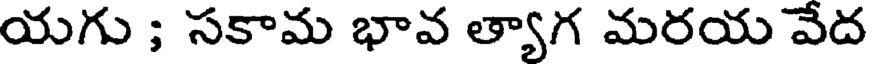
యగు ; సకామ భావ త్యాగ మరయ వేద